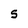
Character: 5